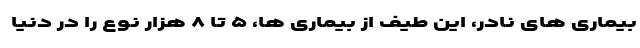
بیماری های نادر، این طیف از بیماری ها، ۵ تا ۸ هزار نوع را در دنیا